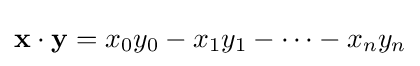
\mathbf {x} \cdot \mathbf {y} =x_{0}y_{0}-x_{1}y_{1}-\cdots -x_{n}y_{n}